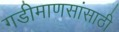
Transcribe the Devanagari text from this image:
गडीमाणसांसाठी